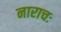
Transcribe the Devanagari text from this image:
नाराचः